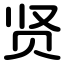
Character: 贤